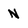
Character: N